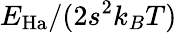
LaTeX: E_{\mathrm{Ha}}/(2s^{2}k_{B}T)